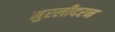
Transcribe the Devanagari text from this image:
मुरलीदरन